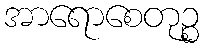
အာရောစေတုဉ္စ